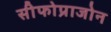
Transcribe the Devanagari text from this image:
सीफोप्राजोन